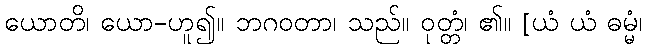
ယောတိ၊ ယော-ဟူ၍။ ဘဂဝတာ၊ သည်။ ဝုတ္တံ၊ ၏။ [ယံ ယံ ဓမ္မံ၊